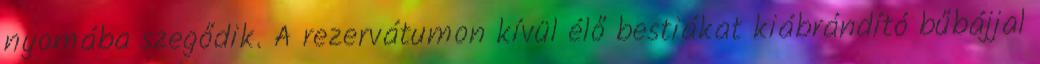
nyomába szegődik. A rezervátumon kívül élő bestiákat kiábrándító bűbájjal